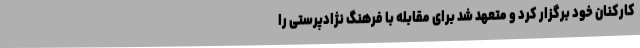
کارکنان خود برگزار کرد و متعهد شد برای مقابله با فرهنگ نژادپرستی را